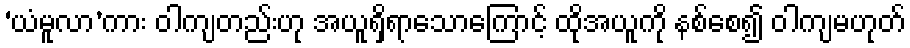
‘ယံမူလာ’ကား ဝါကျတည်းဟု အယူရှိရာသောကြောင့် ထိုအယူကို နစ်စေ၍ ဝါကျမဟုတ်